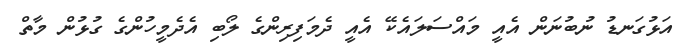
އަޅުގަނޑު ނުބުނަން އެއީ މައްސަލައެކޭ އެއީ ދެމަފިރިންގެ ލޯބި އެދެމީހުންގެ ގުޅުން މާތް